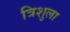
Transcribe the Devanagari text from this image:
त्रिशुला